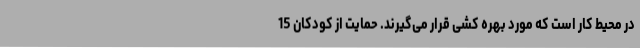
در محیط کار است که مورد بهره کشی قرار می‌گیرند. حمایت از کودکان 15